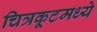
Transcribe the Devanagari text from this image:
चित्रकूटमध्ये